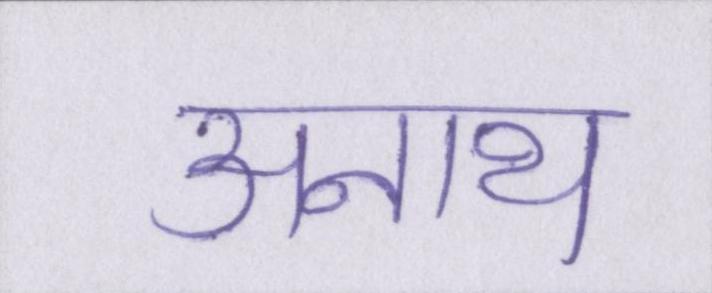
अनाथ